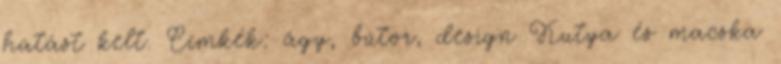
hatást kelt. Címkék: ágy, bútor, design Kutya és macska